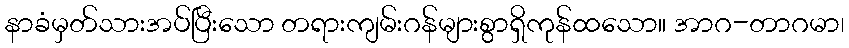
နာခံမှတ်သားအပ်ပြီးသော တရားကျမ်းဂန်များစွာရှိကုန်ထသော။ အာဂ-တာဂမာ၊